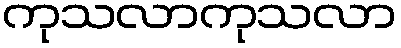
ကုသလာကုသလာ